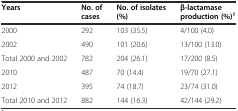
<table><thead><tr><td><b>Years</b></td><td><b>No. of cases</b></td><td><b>No. of isolates (%)</b></td><td><b>β-lactamase production (%)<sup>1</sup></b></td></tr></thead><tbody><tr><td>2000</td><td>292</td><td>103 (35.5)</td><td>4/100 (4.0)</td></tr><tr><td>2002</td><td>490</td><td>101 (20.6)</td><td>13/100 (13.0)</td></tr><tr><td>Total 2000 and 2002</td><td>782</td><td>204 (26.1)</td><td>17/200 (8.5)</td></tr><tr><td>2010</td><td>487</td><td>70 (14.4)</td><td>19/70 (27.1)</td></tr><tr><td>2012</td><td>395</td><td>74 (18.7)</td><td>23/74 (31.0)</td></tr><tr><td>Total 2010 and 2012</td><td>882</td><td>144 (16.3)</td><td>42/144 (29.2)</td></tr></tbody></table>